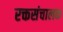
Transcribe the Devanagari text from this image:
रक्तसंचालक